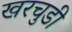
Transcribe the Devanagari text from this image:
खरचुडी